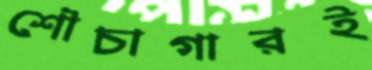
শৌচাগারই